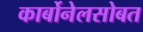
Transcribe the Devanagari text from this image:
कार्बोनेलसोबत